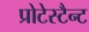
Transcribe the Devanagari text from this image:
प्रोटेस्टैन्ट